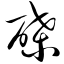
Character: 碟